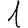
Digit: 1